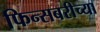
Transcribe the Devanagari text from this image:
फिन्सबरीच्या